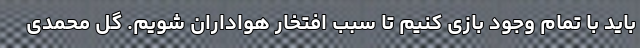
باید با تمام وجود بازی کنیم تا سبب افتخار هواداران شویم. گل محمدی